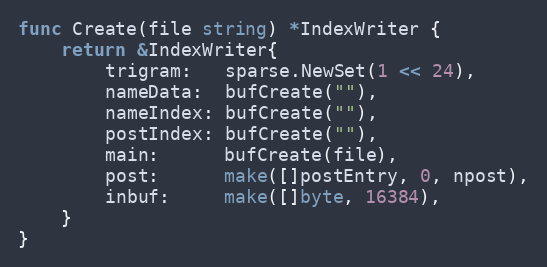
Language: Go
func Create(file string) *IndexWriter {
	return &IndexWriter{
		trigram:   sparse.NewSet(1 << 24),
		nameData:  bufCreate(""),
		nameIndex: bufCreate(""),
		postIndex: bufCreate(""),
		main:      bufCreate(file),
		post:      make([]postEntry, 0, npost),
		inbuf:     make([]byte, 16384),
	}
}